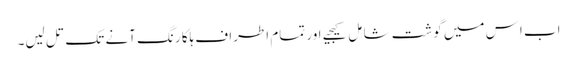
اب اِس میں گوشت شامِل کیجیے اور تمام اطراف ہلکا رنگ آنے تک تل لیں۔